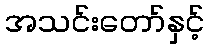
အသင်းတော်နှင့်